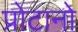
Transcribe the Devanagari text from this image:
प्रोटानो